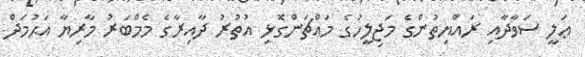
ޢަލީ ސަވާދާއި ރައްޔިތުންގެ މަޖިލީހުގެ މައްޗަންގޮޅި އުތުރު ދާއިރާގެ މެމްބަރު މާރިޔާ އަޙުމަދް